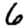
Digit: 6